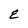
Character: E